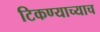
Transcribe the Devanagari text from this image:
टिकण्याच्याच